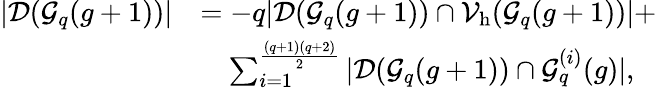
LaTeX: \begin{array}{rl}{|\mathcal{D}(\mathcal{G}_{q}(g+1))|}&{=-q|\mathcal{D}(\mathcal{G}_{q}(g+1))\cap\mathcal{V}_{\mathrm{h}}(\mathcal{G}_{q}(g+1))|+}\\ &{\quad\sum_{i=1}^{\frac{(q+1)(q+2)}{2}}|\mathcal{D}(\mathcal{G}_{q}(g+1))\cap\mathcal{G}_{q}^{(i)}(g)|,}\end{array}